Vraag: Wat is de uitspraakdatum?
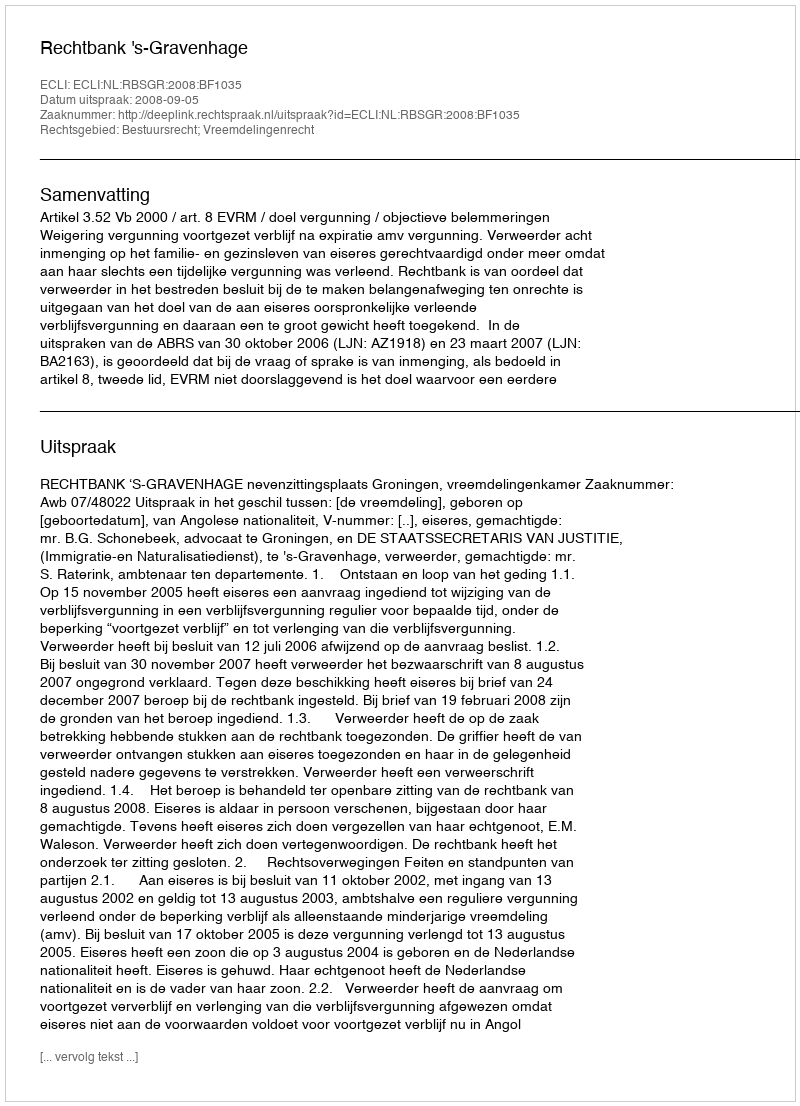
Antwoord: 2008-09-05